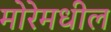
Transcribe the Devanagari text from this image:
मोरेमधील